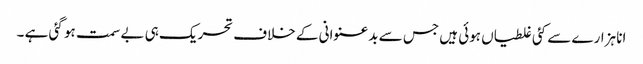
انا ہزارے سے کئی غلطیاں ہوئی ہیں جس سے بدعنوانی کے خلاف تحریک ہی بے سمت ہو گئی ہے ۔